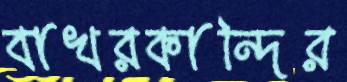
বাখরকান্দির